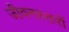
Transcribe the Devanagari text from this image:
जीवनस्तरों